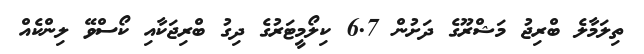
ތިލަމާލެ ބްރިޖު މަޝްރޫގެ ދަށުން 6.7 ކިލޯމީޓަރުގެ ދިގު ބްރިޖަކާއި ކޯސްވޭ ލިންކެއް